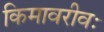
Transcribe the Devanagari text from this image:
किमावरीवः